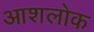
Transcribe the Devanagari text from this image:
आशलोक